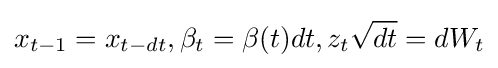
x_{t-1}=x_{t-dt},\beta _{t}=\beta (t)dt,z_{t}{\sqrt {dt}}=dW_{t}